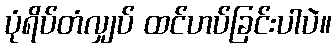
ပုံရိပ်တံလျှပ် ထင်ဟပ်ခြင်းပါပဲ။